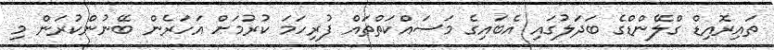
ތައިރޮއިޑް ގްލޭންޑްގެ ބަދަލުގައި އެބައިގެ މަސައްކަތްތައް ފުރިހަމަ ކުރުމަށް އަހަރެން ބޭނުންކުރަން މި